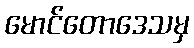
မောင်တောဒေသမှ